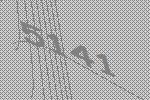
5141